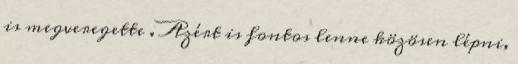
is megveregette . Azért is fontos lenne közösen lépni,